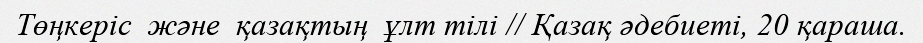
Төңкеріс  және  қазақтың  ұлт тілі // Қазақ әдебиеті, 20 қараша.